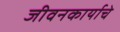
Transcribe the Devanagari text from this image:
जीवनकार्याचे